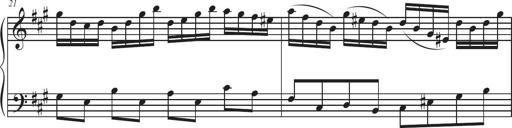
Title: Sonatina Espania
Composer: Jerald Franklin Archer
Key: Various